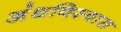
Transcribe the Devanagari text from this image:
अंधविस्वास